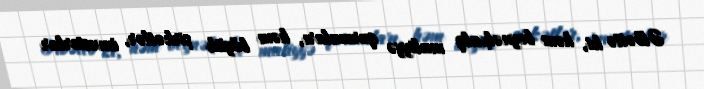
Əlbəttə ki, həm beynəlxalq maliyyə qurumları, həm böyük şirkətlər, investorlar